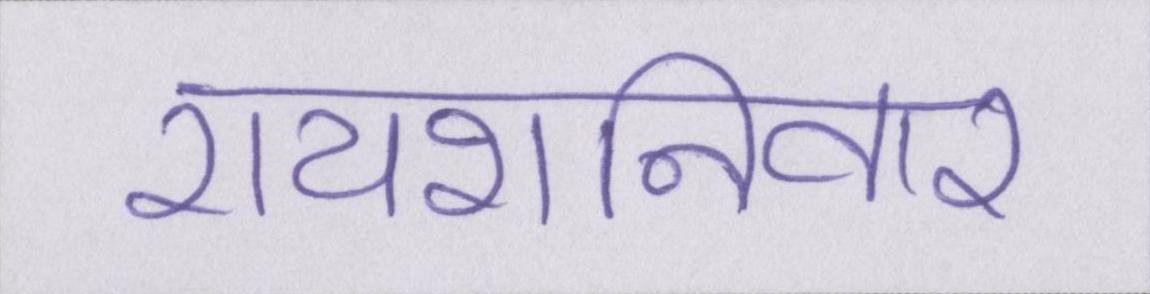
रायशनिवार